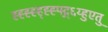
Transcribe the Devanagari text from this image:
ह्ह्ह्ह्ह्ह्ह्फ्द्ग्६य्हुएतु